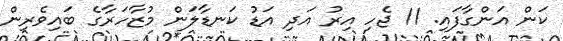
ކަން އަންގާފައި. 11 ޖެހި އިރު އަދި އަޑު ކަނޑާލަން މުޒާހަރާގެ ބައިވެރިން